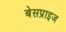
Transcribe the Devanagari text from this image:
बेसप्राइज